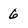
Character: 6